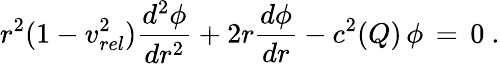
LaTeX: r^{2}(1-v_{rel}^{2})\frac{d^{2}\phi}{dr^{2}}+2r\frac{d\phi}{dr}-c^{2}(Q)\, \phi\, =\, 0\ .